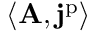
\langle \mathbf { A } , \mathbf { j } ^ { \mathrm { p } } \rangle